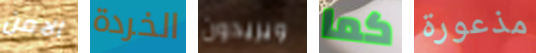
الامن الخردة ويريدون كما مذعورة